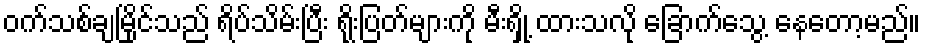
ဝက်သစ်ချမြိုင်သည် ရိပ်သိမ်းပြီး ရိုးပြတ်များကို မီးရှို့ ထားသလို ခြောက်သွေ့ နေတော့မည်။